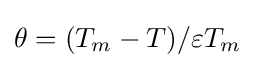
\theta =(T_{m}-T)/\varepsilon T_{m}